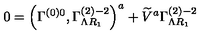
0 = \left( \Gamma _ { } ^ { \left( 0 \right) 0 } , \Gamma _ { \Lambda R _ { 1 } } ^ { \left( 2 \right) - 2 } \right) ^ { a } + \widetilde { V } ^ { a } \Gamma _ { \Lambda R _ { 1 } } ^ { \left( 2 \right) - 2 }